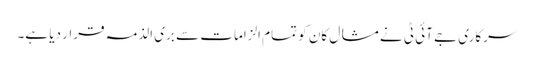
سرکاری جے آئی ٹی نے مشال کان کو تمام الزامات سے بری الذمہ قرار دیا ہے۔